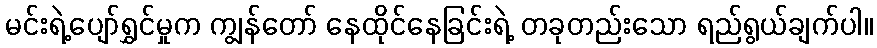
မင်းရဲ့ပျော်ရွှင်မှုက ကျွန်တော် နေထိုင်နေခြင်းရဲ့ တခုတည်းသော ရည်ရွယ်ချက်ပါ။